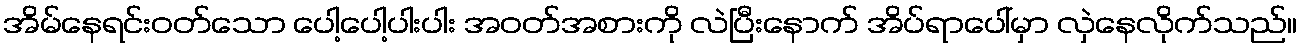
အိမ်နေရင်းဝတ်သော ပေါ့ပေါ့ပါးပါး အဝတ်အစားကို လဲပြီးနောက် အိပ်ရာပေါ်မှာ လှဲနေလိုက်သည်။